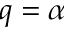
q = \alpha